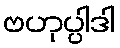
ဗဟုပ္ပါဒါ